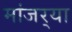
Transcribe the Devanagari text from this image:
मांजर्‍या